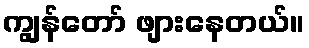
ကျွန်တော် ဖျားနေတယ်။